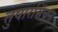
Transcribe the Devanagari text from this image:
तुषारसिंचन